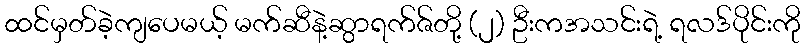
ထင်မှတ်ခဲ့ကျပေမယ့် မက်ဆီနဲ့ဆွာရက်ဇ်တို့ (၂) ဦးကအသင်းရဲ့ ရလဒ်ပိုင်းကို